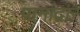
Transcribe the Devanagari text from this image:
पानांद्वारे